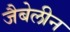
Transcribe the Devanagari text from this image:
जैबेलीन